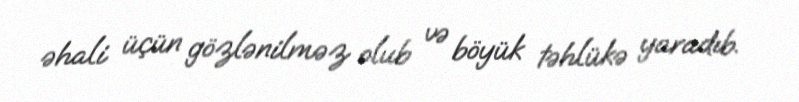
əhali üçün gözlənilməz olub və böyük təhlükə yaradıb.